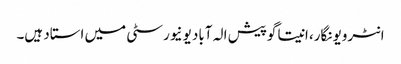
انٹرویو نگار، انیتا گوپیش الہ آباد یونیورسٹی میں استاد ہیں۔